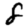
Digit: 8